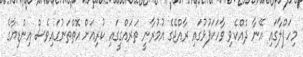
މިހަފްލާގައި އޭނާ ދެއްކެވި ވާހަކަފުޅުގައި ރާއްޖޭގެ އުމުރާނީ ތަރައްގީގައި ކުރިއަށް އޮތްތަނުގައިވެސް އިންޑިޔާގެ